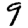
Digit: 9